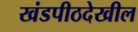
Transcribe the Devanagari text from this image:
खंडपीठदेखील